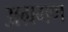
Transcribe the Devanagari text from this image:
अग्रगण